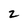
Character: 2